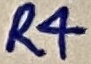
Text: R4